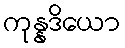
ကုန္နဒိယော